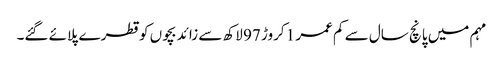
مہم میں پانچ سال سے کم عمر 1 کروڑ 97 لاکھ سے زائد بچوں کو قطرے پلائے گئے۔